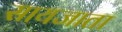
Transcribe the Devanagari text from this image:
सायजाता